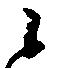
候